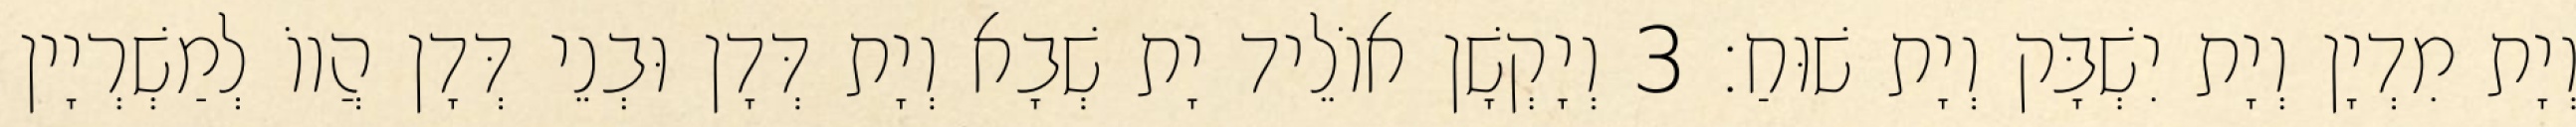
וְיָת מִדְיָן וְיָת יִשְׁבָּק וְיָת שׁוּחַ׃ 3 וְיָקְשָׁן אוֹלֵיד יָת שְׁבָא וְיָת דְּדָן וּבְנֵי דְּדָן הֲווֹ לְמַשְׁרְיָין